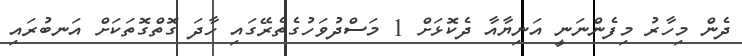
ދެން މިހާރު މިފެންނަނީ އަނިޔާއާ ދެކޮޅަށް 1 މަސްދުވަހުގެތެރޭގައި ހާދަ ގޮތްގޮތަކަށް އަނބުރައި